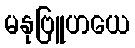
မနုဗြူဟယေ